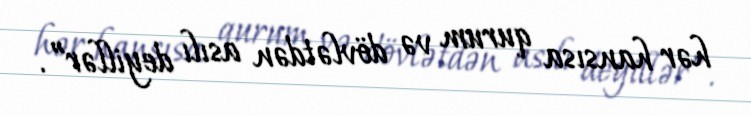
hər hansısa qurum və dövlətdən asılı deyillər”.